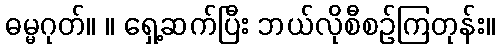
ဓမ္မဂုတ်။ ။ ရှေ့ဆက်ပြီး ဘယ်လိုစီစဉ်ကြတုန်း။